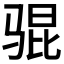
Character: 𫘥